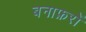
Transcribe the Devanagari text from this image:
बनाफ़रों